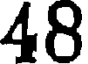
48